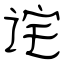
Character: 诧